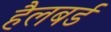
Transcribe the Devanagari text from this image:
हैलबर्ड